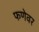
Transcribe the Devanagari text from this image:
फणेवर